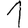
Digit: 1